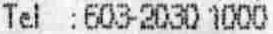
TEL :603-2030 1000